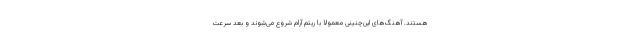
هستند. آهنگ‌های این‌چنینی معمولا با ریتم آرام شروع می‌شوند و بعد سرعت